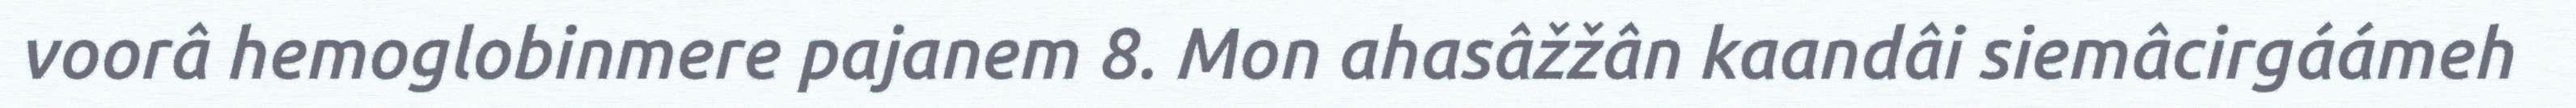
voorâ hemoglobinmere pajanem 8. Mon ahasâžžân kaandâi siemâcirgáámeh